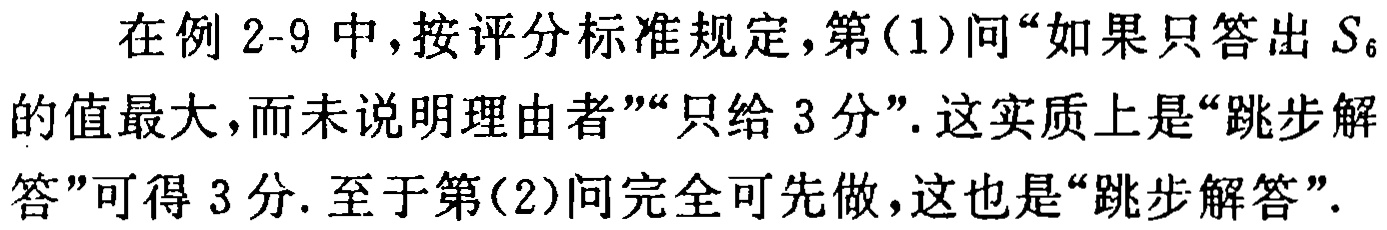
在例 2-9 中，按评分标准规定，第(1)问“如果只答出 \(S_{6}\)的值最大，而未说明理由者”“只给 3 分”. 这实质上是“跳步解答”可得 3 分. 至于第(2)问完全可先做，这也是“跳步解答”.